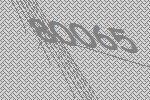
80065